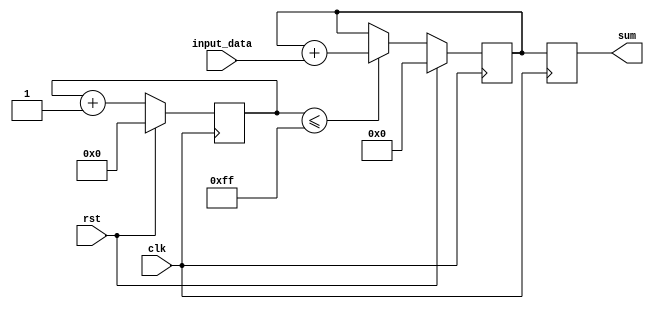
module accumulator (
    input wire clk,
    input wire rst,
    input wire [7:0] input_data,
    output reg [15:0] sum
);

reg [15:0] register;
reg [7:0] counter;

always @ (posedge clk) begin
    if (rst) begin
        register <= 16'b0;
        counter <= 8'b0;
    end else begin
        counter <= counter + 1;
        if (counter <= 8'd255) begin
            register <= register + input_data;
        end
    end
    sum <= register;
end

endmodule